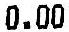
0.00